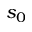
s _ { 0 }